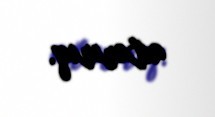
axtarırıq.